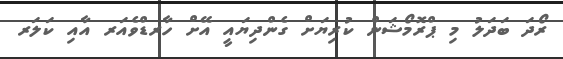
ރޯދަ ބަދަލު މި ޕްރޮމޯޝަން ކުރިޔަށް ގެންދިޔައީ އޭށް ހާރޑްވެއަރ އާއި ކަލަރ